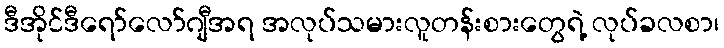
ဒီအိုင်ဒီရော်လော်ဂျီအရ အလုပ်သမားလူတန်းစားတွေရဲ့ လုပ်ခလစာ၊